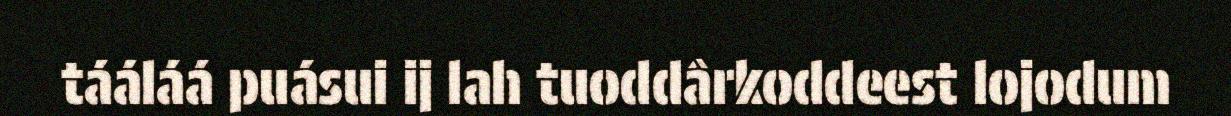
tááláá puásui ij lah tuoddârkoddeest lojodum